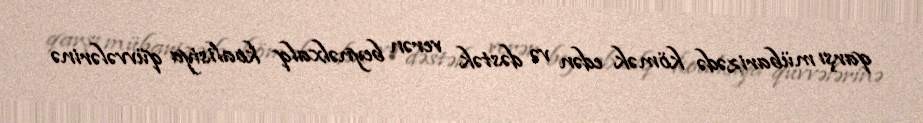
qarşı mübarizədə kömək edən və dəstək verən beynəlxalq koalisiya qüvvələrinə